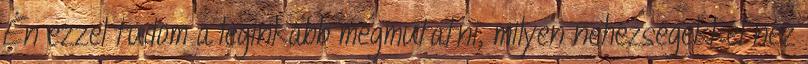
Én ezzel tudom a leginkább megmutatni, milyen nehézségekkel néz